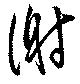
謝